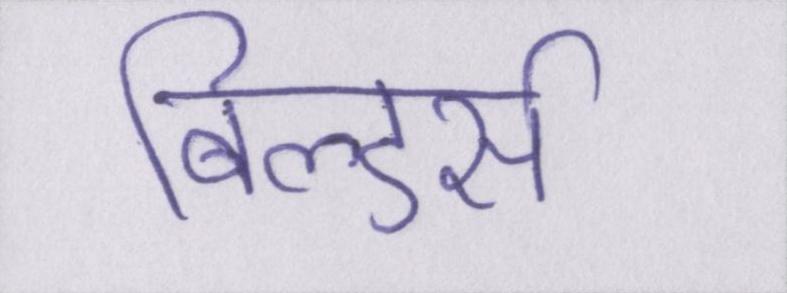
बिल्डर्स